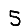
Digit: 5